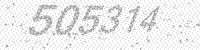
Solution: 505314